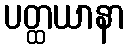
ပတ္ထယာနာ